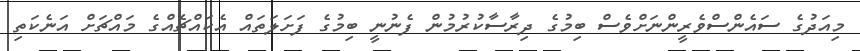
މިއަދުގެ ސައެންސްވެރީންނަށްވެސް ބިމުގެ ދިރާސާކުރުމުން ފެނުނީ ބިމުގެ ފަށަލަތައް އެކައްޗެއްގެ މައްޗަށް އަނެކަތި